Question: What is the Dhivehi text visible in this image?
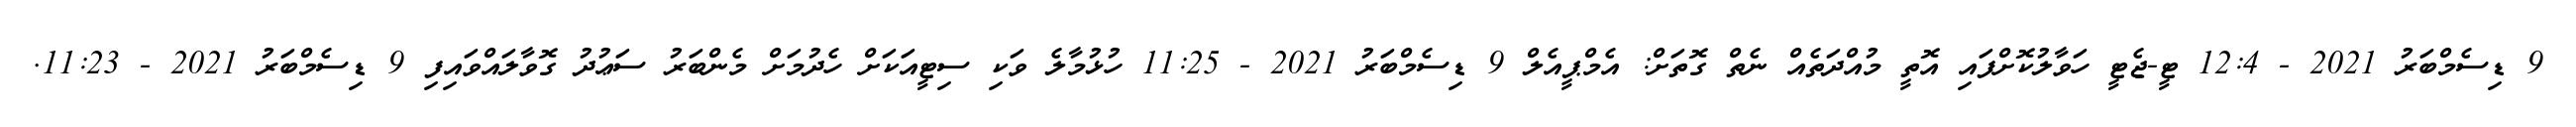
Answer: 9 ޑިސެމްބަރު 2021 - 12:4 ޓީ-ޖެޓީ ހަވާލުކޮށްފައި އޮތީ މުއްދަތެއް ނެތް ގޮތަށް: އެމްޕީއެލް 9 ޑިސެމްބަރު 2021 - 11:25 ހުޅުމާލެ ވަކި ސިޓީއަކަށް ހެދުމަށް މެންބަރު ސަޢުދު ގޮވާލައްވައިފި 9 ޑިސެމްބަރު 2021 - 11:23.